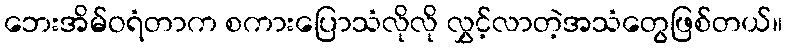
ဘေးအိမ်ဝရံတာက စကားပြောသံလိုလို လွှင့်လာတဲ့အသံတွေဖြစ်တယ်။